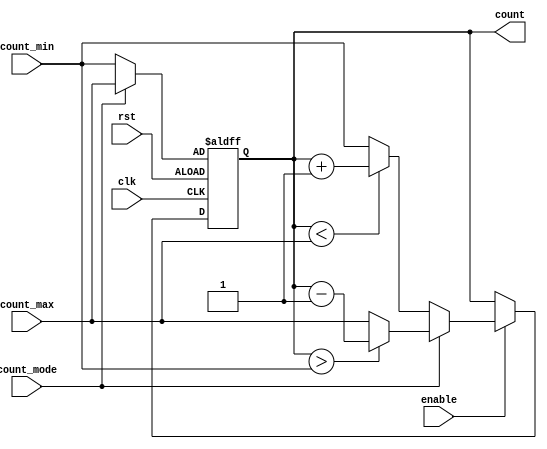

`timescale 1 ns / 100 ps
module up_down_counter
#(
    parameter COUNTER_BIT_WIDTH = 8
)(
    input clk,
    input rst,
    input enable,
    input count_mode,
    input [COUNTER_BIT_WIDTH-1:0] count_max,
    input [COUNTER_BIT_WIDTH-1:0] count_min,
    output reg [COUNTER_BIT_WIDTH-1:0] count
);


    localparam MODE_DOWN = 1'b1;
    localparam MODE_UP = 1'b0;


    wire up = (count_mode == MODE_UP);
    wire down = (count_mode == MODE_DOWN);


    always @(posedge clk or negedge rst)
    begin
        if (!rst)
            count = down ? count_max : count_min;
        else
            begin
                if(enable)
                begin
                    if(up)
                    begin
                        if (count < count_max)
                            count = count + 1;
                        else
                            count = count_min;        
                    end
                    
                    else
                    begin 
                        if (count > count_min)
                            count = count - 1;
                        else
                            count = count_max;
                    end

                end
            end
    end
endmodule